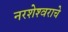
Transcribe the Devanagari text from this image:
नरशेश्‍वराचे